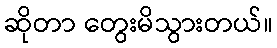
ဆိုတာ တွေးမိသွားတယ်။